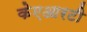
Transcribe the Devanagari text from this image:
केएआरटी